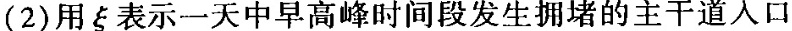
(2)用ξ表示一天中早高峰时间段发生拥堵的主干道入口